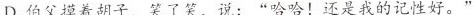
D.伯父摸着胡子，笑了笑，说：”哈哈！还是我的记性好。”